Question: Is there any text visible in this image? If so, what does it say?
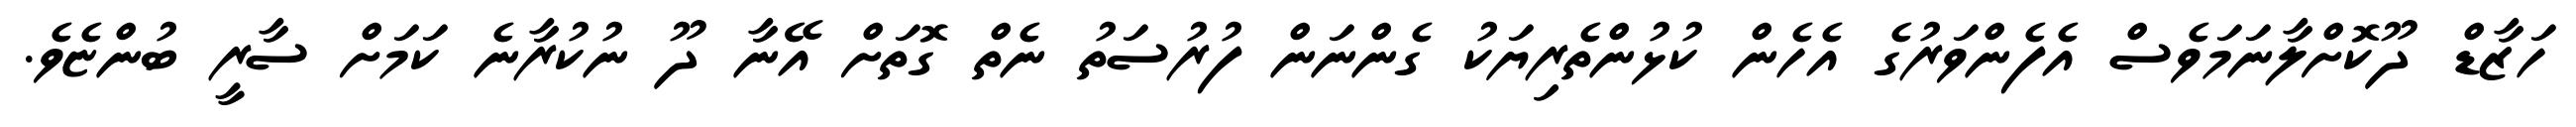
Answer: ހަޒާޑް ދޫކޮށްލާނަމަވެސް އެފެންވަރުގެ އެހެން ކުޅުންތެރިޔަކު ގެންނަން ފުރުސަތު ނެތް ގޮތަށް އޭނާ ދޫ ނުކުރާނެ ކަމަށް ސާރީ ބުންޏެވެ.